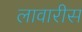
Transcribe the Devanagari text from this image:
लावारीस